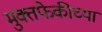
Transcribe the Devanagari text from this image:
मुक्तफेकीच्या